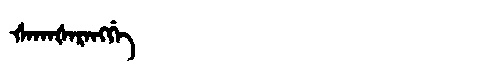
Manchu: ᡧᠠᡴᠠᡧᠠᡵᠠᠩᡤᡝ
Romanization: ŠAKAŠARANGGE